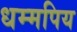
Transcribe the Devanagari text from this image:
धम्मपिय